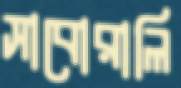
সাবোরালি